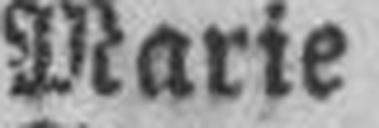
Marie